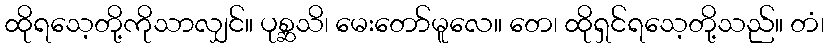
ထိုရသေ့တို့ကိုသာလျှင်။ ပုစ္ဆသိ၊ မေးတော်မူလေ။ တေ၊ ထိုရှင်ရသေ့တို့သည်။ တံ၊